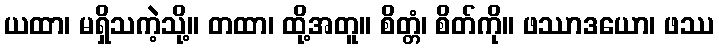
ယထာ၊ မရှိသကဲ့သို့။ တထာ၊ ထို့အတူ။ စိတ္တံ၊ စိတ်ကို။ ဖဿာဒယော၊ ဖဿ